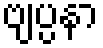
ဗျပ္ပနာ